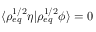
\langle \rho _ { e q } ^ { 1 / 2 } \eta \rvert \rho _ { e q } ^ { 1 / 2 } \phi \rangle = 0